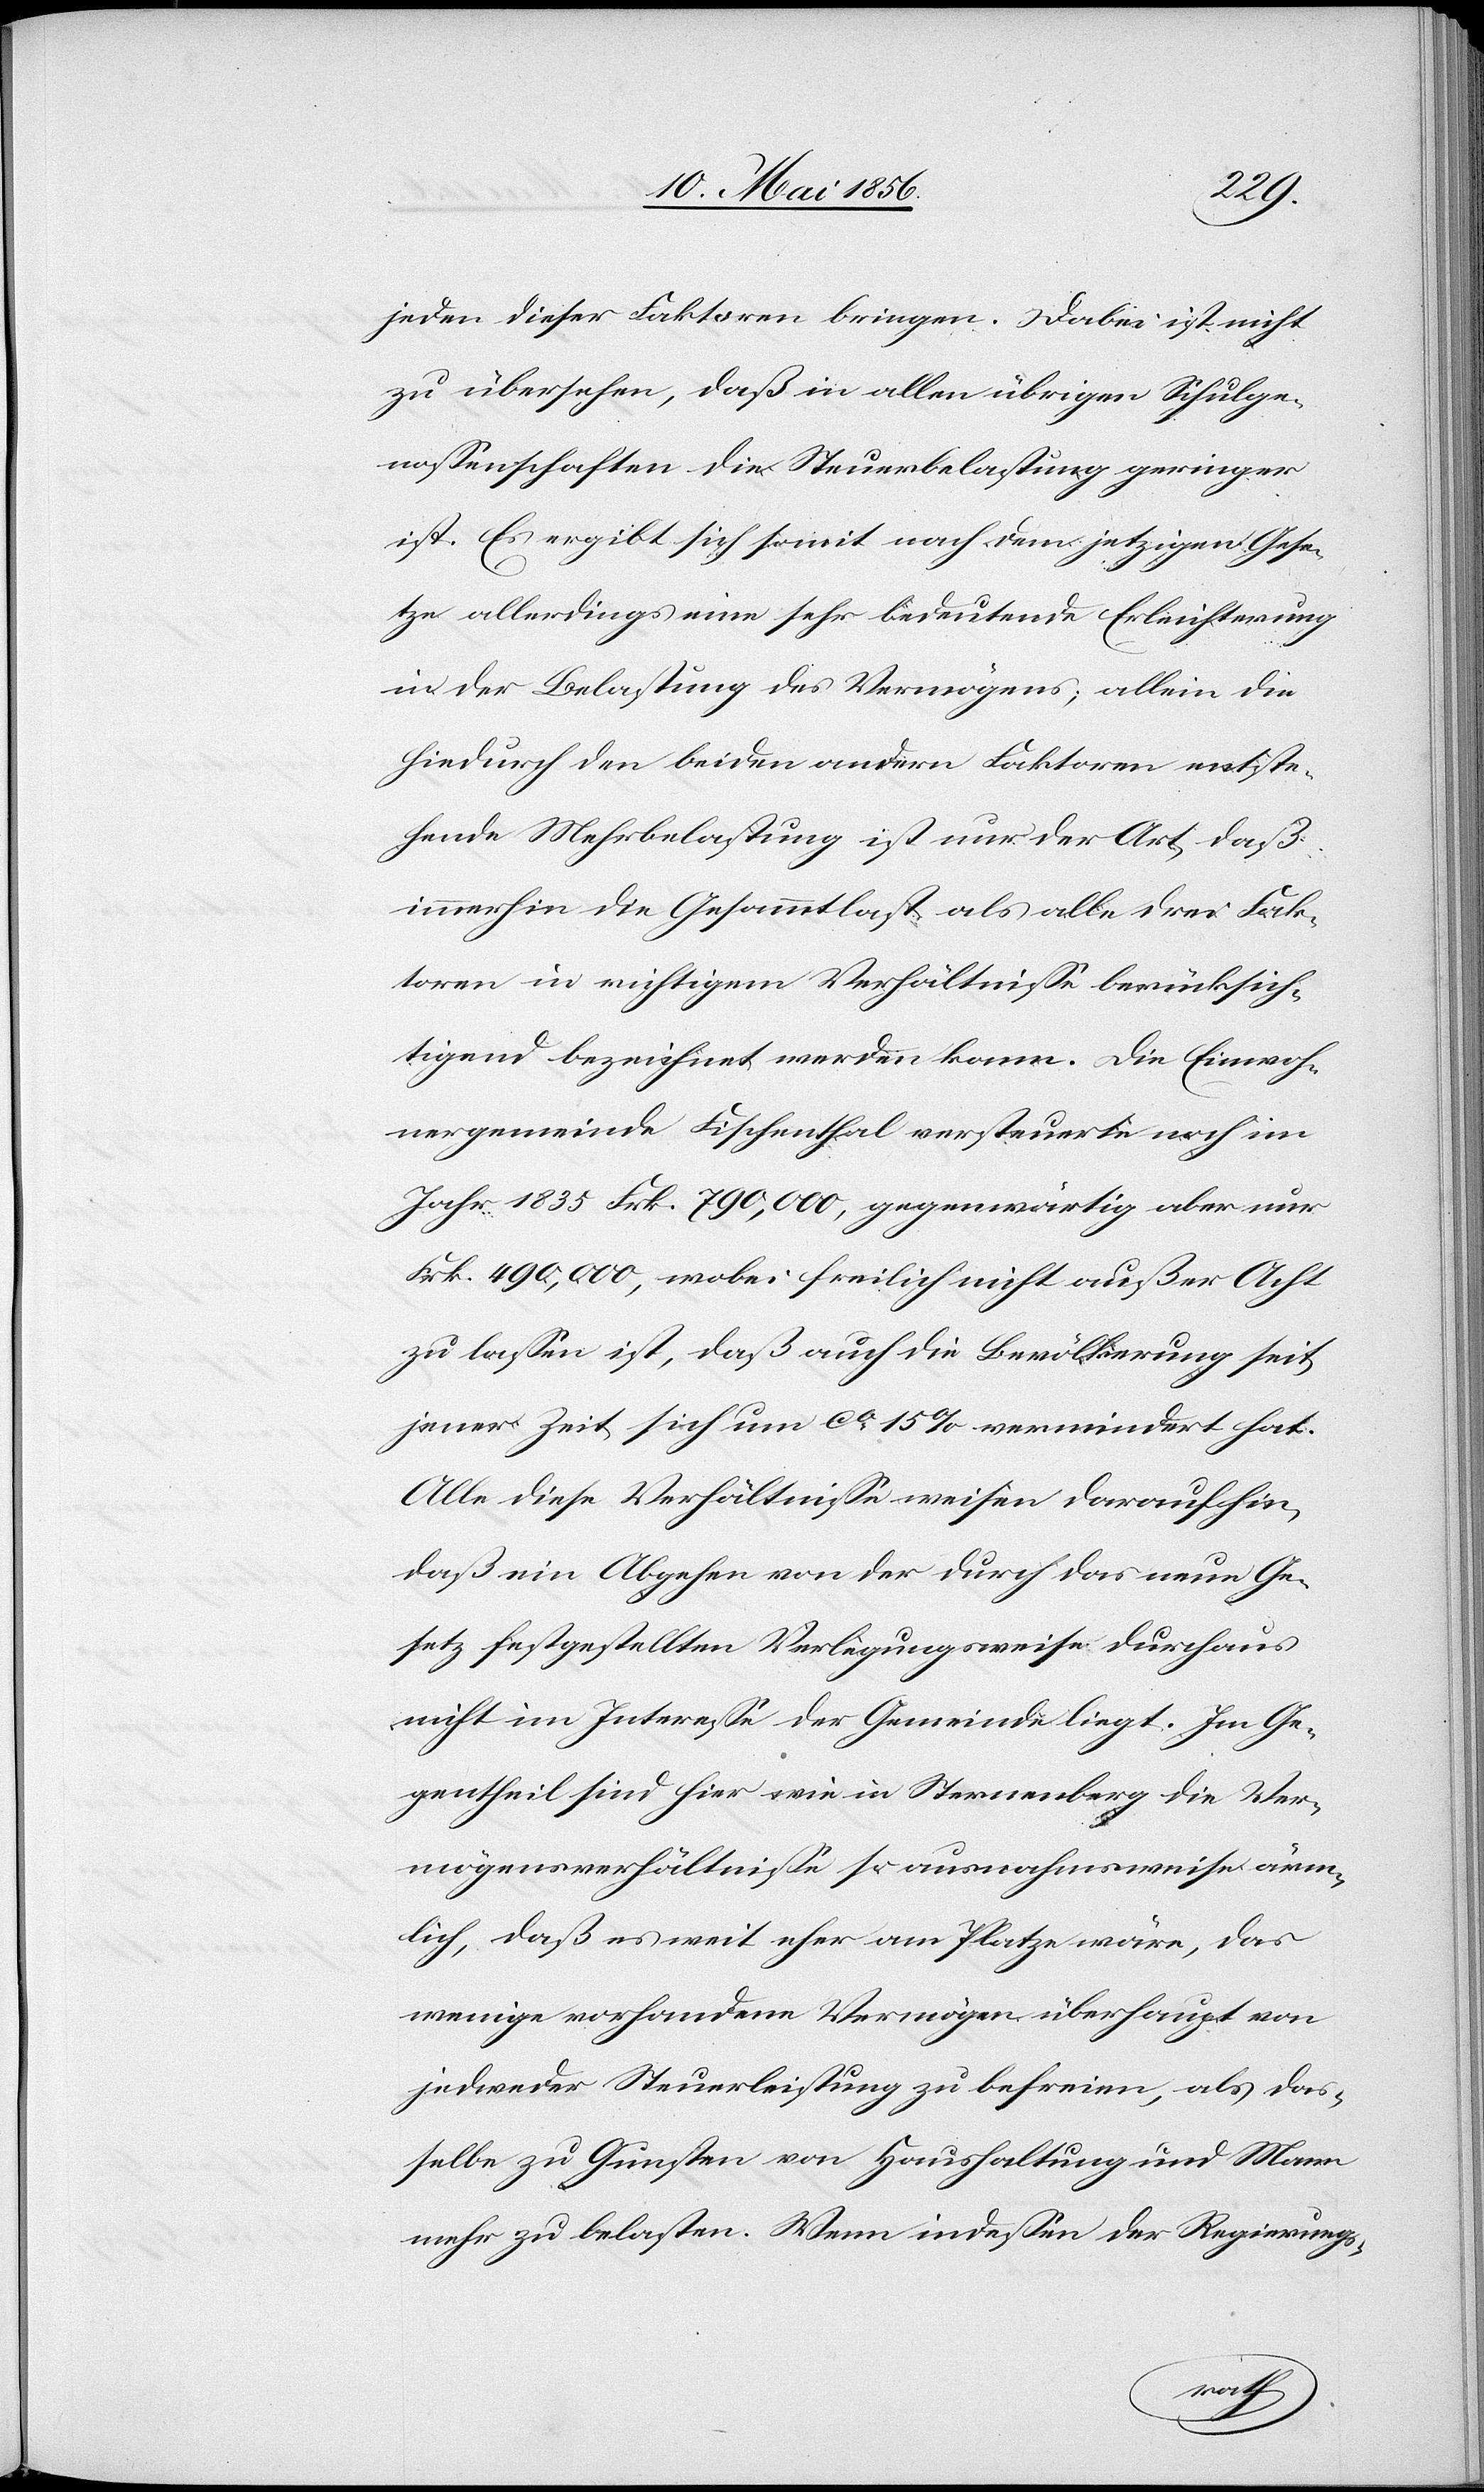
jeden dieser Faktoren bringen. Dabei ist nicht
zu übersehen, daß in allen übrigen Schulge¬
nossenschaften die Steuerbelastung geringer
ist. Es ergibt sich somit nach dem jetzigen Gese¬
tze allerdings eine sehr bedeutende Erleichterung
in der Belastung des Vermögens; allein die
hiedurch den beiden andern Faktoren entste¬
hende Mehrbelastung ist nur der Art, daß
immerhin die Gesammtlast als alle drei Fak¬
toren in richtigem Verhältnisse berücksich¬
tigend bezeichnet werden kann. Die Einwoh¬
nergemeinde Fischenthal versteuerte noch im
Jahr 1835 Frk. 790,000, gegenwärtig aber nur
Frk. 490,000, wobei freilich nicht außer Acht
zu lassen ist, daß auch die Bevölkerung seit
jener Zeit sich um ca 15 % vermindert hat.
Alle diese Verhältnisse weisen daraufhin,
daß ein Abgehen von der durch das neue Ge¬
setz festgestellten Verlegungsweise durchaus
nicht im Interesse der Gemeinde liegt. Im Ge¬
gentheil sind hier wie in Sternenberg die Ver¬
mögensverhältnisse so ausnahmsweise ärm¬
lich, daß es weit eher am Platze wäre, das
wenige vorhandene Vermögen überhaupt von
jedweder Steuerleistung zu befreien, als das¬
selbe zu Gunsten von Haushaltung und Mann
mehr zu belasten. Wenn indessen der Regierungs-